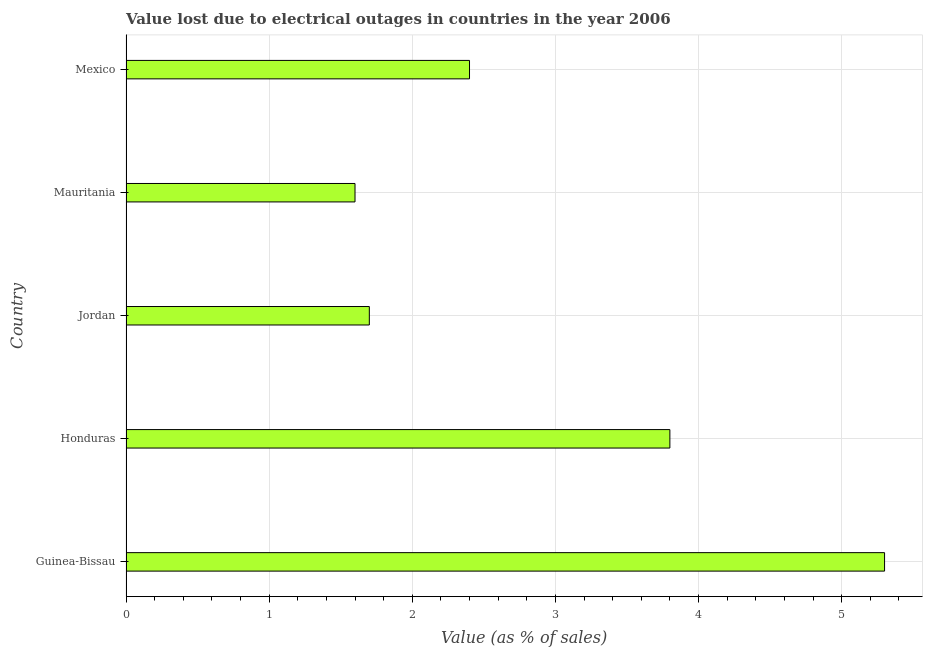
| Country | Value lost due to electrical outages |
 | --- | --- |
 | Guinea-Bissau | 5.3 |
 | Honduras | 3.8 |
 | Jordan | 1.7 |
 | Mauritania | 1.6 |
 | Mexico | 2.4 |